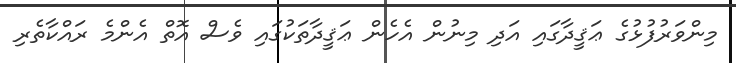
މިންވަރުފުޅުގެ ޢަޤީދާގައި އަދި މިނުން އެހެން ޢަޤީދާތަކުގައި ވެސް އޮތް އެންމެ ރައްކާތެރި